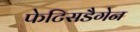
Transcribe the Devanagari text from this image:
फेटिसडैगेन